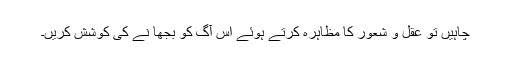
چاہیں تو عقل و شعور کا مظاہرہ کرتے ہوئے اس آگ کو بجھا نے کی کوشش کریں۔